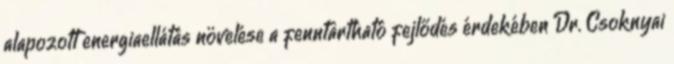
alapozott energiaellátás növelése a fenntartható fejlődés érdekében Dr. Csoknyai